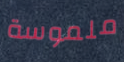
ملموسة